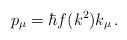
LaTeX: \begin{align*}p_{\mu} = \hbar f(k^2) k_{\mu} \, . \end{align*}